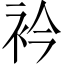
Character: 衿